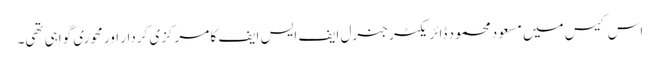
اس کیس میں مسعود محمود ڈائر یکٹر جنرل ایف ایس ایف کا مرکزی کردار اور محوری گواہی تھی۔